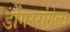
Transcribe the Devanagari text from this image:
डोंगररांगेला